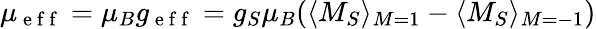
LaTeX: \mu_{\mathrm{~e~f~f~}}=\mu_{B}g_{\mathrm{~e~f~f~}}=g_{S}\mu_{B}(\langle M_{S}\rangle_{M=1}-\langle M_{S}\rangle_{M=-1})